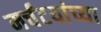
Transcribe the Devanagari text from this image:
मर्चंटयांच्या